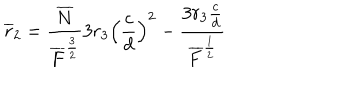
\overline { { { r } } } _ { 2 } = \frac { \overline { { { N } } } } { \overline { { { F } } } ^ { \frac { 3 } { 2 } } } 3 r _ { 3 } \left( \frac { c } { d } \right) ^ { 2 } - \frac { 3 r _ { 3 } \frac { c } { d } } { \overline { { { F } } } ^ { \frac { 1 } { 2 } } }